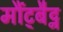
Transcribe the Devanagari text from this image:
मौंट्बैट्न